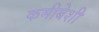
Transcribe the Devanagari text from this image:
कमीबेशी